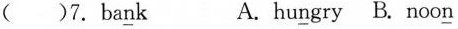
（）7.ba\underline{n}k A.hu\underline{n}gry B.noo\underline{n}